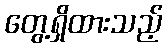
တွေ့ရှိထားသည့်